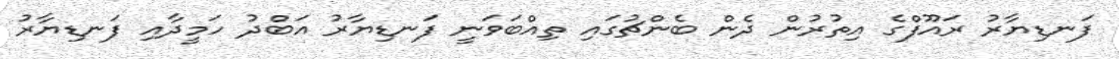
ފަނޑިޔާރު ރައޫފްގެ އިތުރުން ދެން ބެންޗުގައި ތިއްބަވަނީ ފަނޑިޔާރު އަބްދު ހަމީދާއި ފަނޑިޔާރު